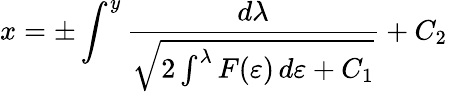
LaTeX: x=\pm\int^{y}{\frac{d\lambda}{\sqrt{2\int^{\lambda}F(\varepsilon)\, d\varepsilon+C_{1}}}}+C_{2}\,